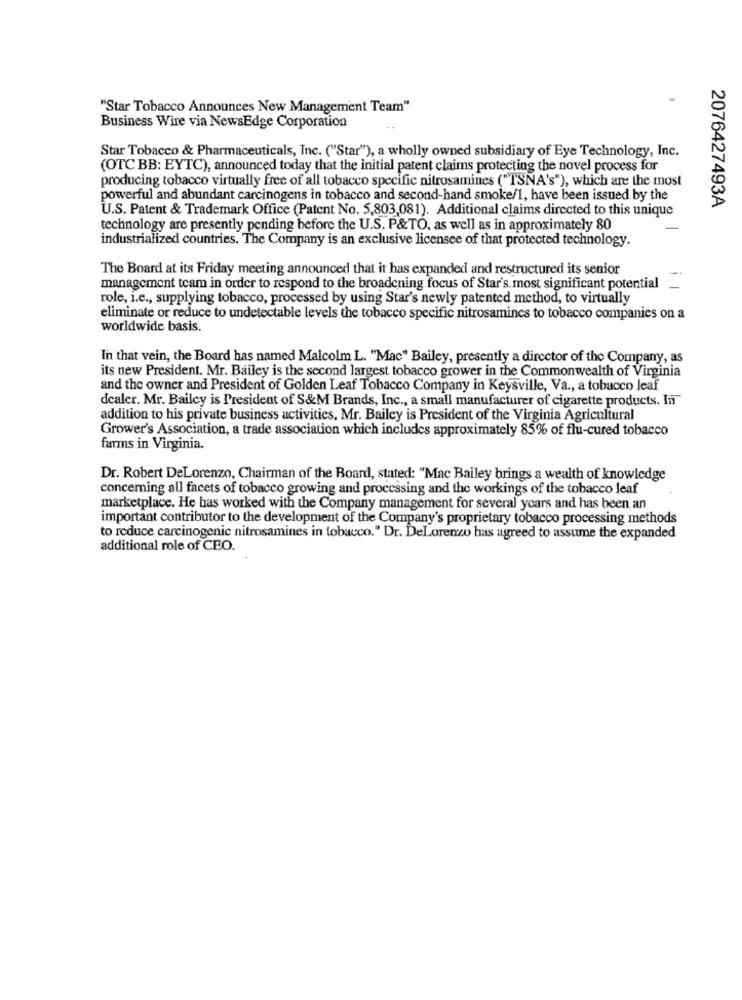
"Star Tobacco Announces New Management Team"
Business Wire via NewsEdge Corporation
Star Tobacco & Pharmaceuticals, Inc. ("Star"), a wholly owned subsidiary of Eye Technology, Inc.
(OTC BB: EYTC), announced today that the initial patent claims protecting the novel process for
producing tobacco virtually free of all tobacco specific nitrosamines ("TSNA's"), which are the most
powerful and abundant carcinogens in tobacco and second-hand smoke/1, have been issued by the
U.S. Patent & Trademark Office (Patent No. 5,803,081). Additional claims directed to this unique
2076427493A
technology are presently pending before the U.S. P&TO, as well as in approximately 80
industrialized countries. The Company is an exclusive licensee of that protected technology.
The Board at its Friday meeting announced that it has expanded and restructured its senior
management team in order to respond to the broadening focus of Star's. most significant potential
role, i.e ., supplying tobacco, processed by using Star's newly patented method, to virtually
eliminate or reduce to undetectable levels the tobacco specific nitrosamincs to tobacco companies on a
worldwide basis.
In that vein, the Board has named Malcolm L. "Mac" Bailey, presently a director of the Company, as
its new President. Mr. Bailey is the second largest tobacco grower in the Commonwealth of Virginia
and the owner and President of Golden Leaf Tobacco Company in Keysville, Va ., a tobacco leaf
dealer. Mr. Bailey is President of S&M Brands, Inc ., a small manufacturer of cigarette products. In
addition to his private business activities, Mr. Bailey is President of the Virginia Agricultural
Grower's Association, a trade association which includes approximately 85% of flu-cured tobacco
farms in Virginia.
Dr. Robert DeLorenzo, Chairman of the Board, stated: "Mac Bailey brings a wealth of knowledge
concerning all facets of tobacco growing and processing and the workings of the tobacco leaf
marketplace. He has worked with the Company management for several years and has been an
important contributor to the development of the Company's proprietary tobacco processing methods
to reduce carcinogenic nitrosamines in tobacco." Dr. DeLorenzo has agreed to assume the expanded
additional role of CEO.